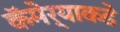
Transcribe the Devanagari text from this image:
कॅमेर्‍याकडे